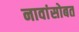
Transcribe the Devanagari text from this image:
नावांसोबत